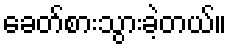
ခေတ်စားသွားခဲ့တယ်။